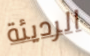
الرديئة